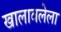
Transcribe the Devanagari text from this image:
खालावलेला